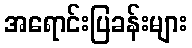
အရောင်းပြခန်းများ